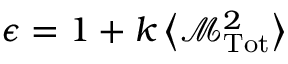
\epsilon = 1 + k \left\langle { \mathcal { M } } _ { \mathrm { T o t } } ^ { 2 } \right\rangle